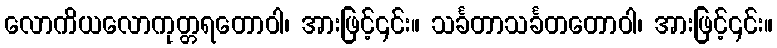
လောကိယလောကုတ္တရတောဝါ၊ အားဖြင့်၎င်း။ သင်္ခတာသင်္ခတတောဝါ၊ အားဖြင့်၎င်း။